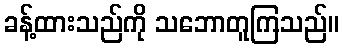
ခန့်ထားသည်ကို သဘောတူကြသည်။